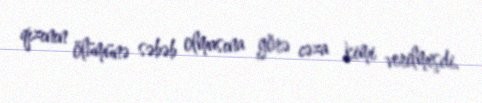
qızının ölümünə səbəb olmasına görə cəza kimi verilmişdi.